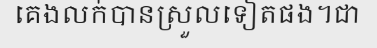
គេងលក់បានស្រួលទៀតផង។ជា